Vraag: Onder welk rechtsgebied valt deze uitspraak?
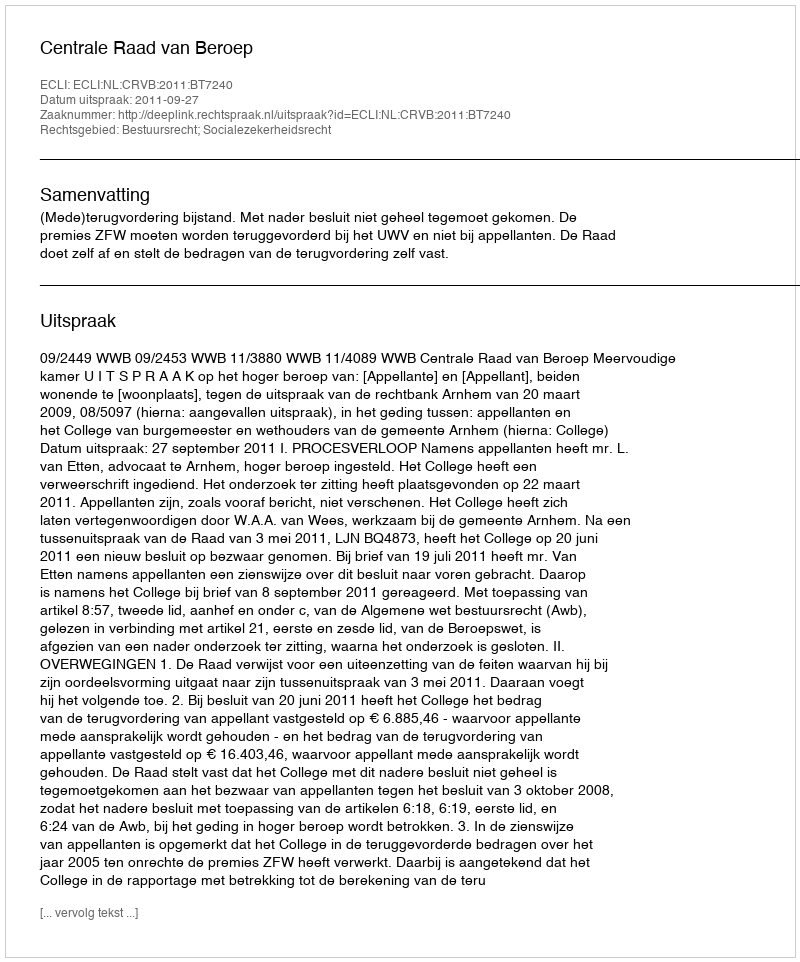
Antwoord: Bestuursrecht; Socialezekerheidsrecht